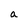
Character: a